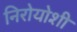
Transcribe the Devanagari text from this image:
निरोयोशी